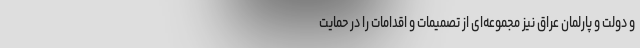
و دولت و پارلمان عراق نیز مجموعه‌ای از تصمیمات و اقدامات را در حمایت